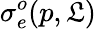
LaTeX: \sigma_{e}^{o}(p,\mathfrak{L})